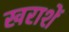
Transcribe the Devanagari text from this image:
खराशें